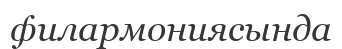
филармониясында